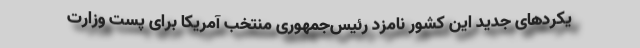
یکردهای جدید این کشور نامزد رئیس‌جمهوری منتخب آمریکا برای پست وزارت